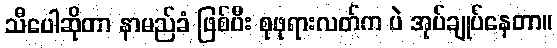
သီပေါဆိုတာ နာမည်ခံ ဖြစ်ပီး စုဖုရားလတ်က ပဲ အုပ်ချုပ်နေတာ။